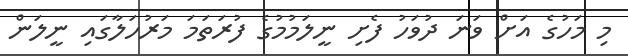
މި މަހުގެ އަށް ވަނަ ދުވަހު ފެށި ނީލަމުމުގެ ފުރަތަމަ މަރުހަލާގައި ނީލަން